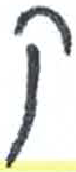
אות: ק